Report on horse surra - Volume I
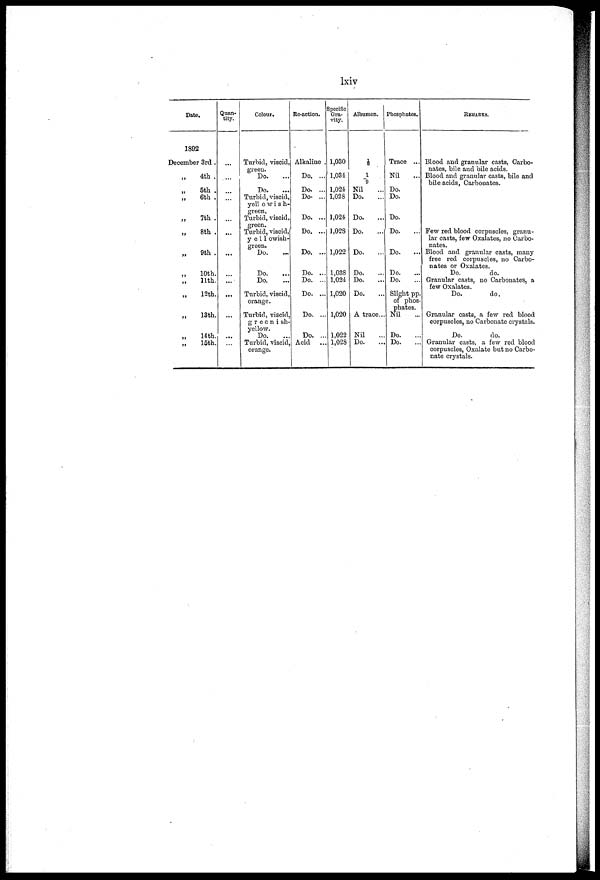
lxiv
Date.
1892
December 3rd .
„
4th .
„ 5th .
„
6th .
„
7th .
„
8th .
„
9th .
„
10th.
„
11th,
„
12th.
„
13th.
14th.
15th.
Quan-
tity.
...
...
...
...
...
Colour.
Turbid, viscid,
green.
Do.
Do.
Turbid, viscid,
yellowish-
green.
Turbid, viscid,
green.
Turbid, viscid,
yellowish-
green.
Do.
Do.
Do.
Turbid, viscid,
orange.
Turbid, viscid,
greenish-
yellow.
Do.
Turbid, viscid,
orange.
Re-action.
Alkaline .
Do. ...
Do. ...
Do. ...
Do. ...
Do. ...
Do. ...
Do. ...
Do. ...
Do. ...
Do. ...
Do. ..
Acid
Specific
Gra-
vity.
1,030
1,034
1,024
1,028
1,024
1,02S
1,022
1,038
1,024
1,020
1,020
1,022
1,028
Albumen.
1/6
1/9
Nil
Do.
Do.
Do.
Do.
Do.
Do.
Do.
A trace...
Nil
Do.
Phosphates.
Trace ...
Nil
Do.
Do.
Do.
Do.
Do.
...
Do.
Do.
Slight pp.
of phos-
phates.
Nil
Do.
Do.
REMARKS.
Blood and granular casts, Carbo-
nates, bile and bile acids.
Blood and granular casts, bile and
bile acids, Carbonates.
Few red blood corpuscles, granu-
lar casts, few Oxalates, no Carbo-
nates.
Blood and granular casts, many
free red corpuscles, no Carbo-
nates or Oxalates.
Do.
do.
Granular casts, no Carbonates, a
few Oxalates.
Do.
do.
Granular casts, a few red blood
corpuscles, no Carbonate crystals.
Do.
do.
Granular casts, a few red blood
corpuscles, Oxalate but no Carbo-
nate crystals.